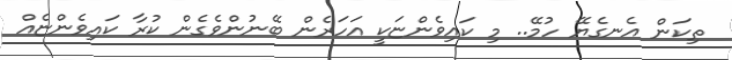
ތިކަން އެނގެޔޭ ހުމޭ.. މި ކައިވެންޏަކީ އަހަރެން ބޭނުންވެގެން ކުރާ ކައިވެންޏެއް